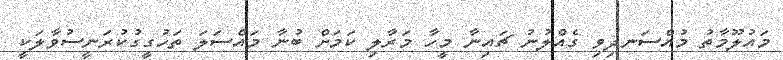
މައުލޫމާތު މުއްސަނދިވި ގެއްލުނު ޗައިނާ މީހާ މަރާލި ކަމަށް ބުނާ މައްސަލަ ތަހުގީގުކުރަނީސުވާލަކީ